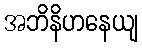
အဘိနိဟနေယျ